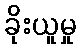
ခိုးယူမှု